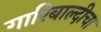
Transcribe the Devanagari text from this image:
गारिबाल्दीचा